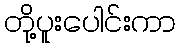
တို့ပူးပေါင်းကာ